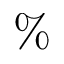
\%